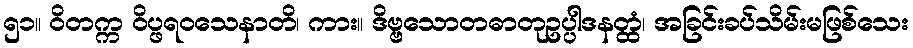
၅၁။ ဝိတက္က ဝိပ္ဖရဝသေနာတိ၊ ကား။ ဒိဗ္ဗသောတဓာတုဥပ္ပါဒနတ္ထံ၊ အခြင်းခပ်သိမ်းမဖြစ်သေး